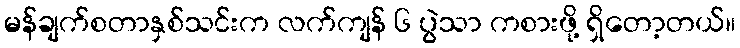
မန်ချက်စတာနှစ်သင်းက လက်ကျန် ၆ ပွဲသာ ကစားဖို့ ရှိတော့တယ်။